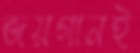
জয়গানই